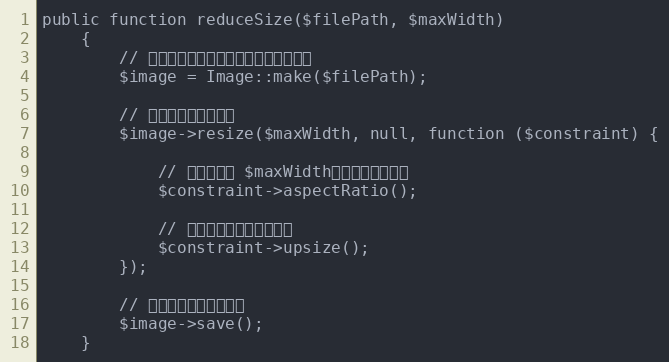
Language: PHP
public function reduceSize($filePath, $maxWidth)
    {
        // 先实例化，传参是文件的磁盘物理路径
        $image = Image::make($filePath);

        // 进行大小调整的操作
        $image->resize($maxWidth, null, function ($constraint) {

            // 设定宽度是 $maxWidth，高度等比例缩放
            $constraint->aspectRatio();

            // 防止裁图时图片尺寸变大
            $constraint->upsize();
        });

        // 对图片修改后进行保存
        $image->save();
    }